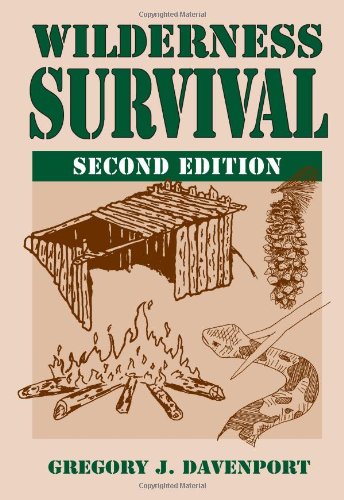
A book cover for Wilderness Survival: 2nd Edition; Gregory J. Davenport; Health, Fitness & Dieting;